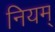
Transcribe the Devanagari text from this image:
नियम्